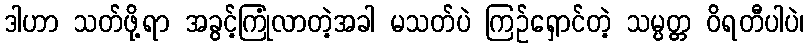
ဒါဟာ သတ်ဖို့ရာ အခွင့်ကြုံလာတဲ့အခါ မသတ်ပဲ ကြဉ်ရှောင်တဲ့ သမ္ပတ္တ ဝိရတီပါပဲ၊